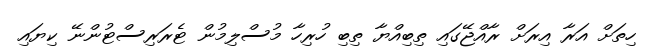
ހިތަށް އަރާ އިރަށް ރާއްޖޭގައި ތިބިއްޔާ ތިބި ހުރިހާ މުސްލިމުން ޓެރަރިސްޓުންނޭ ކިޔައި